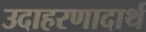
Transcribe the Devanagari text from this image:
उदाहरणादार्थ